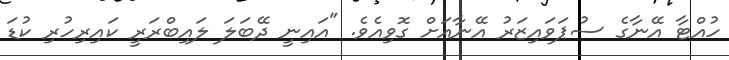
ހުއްޓާ އޭނާގެ ސުޕަވައިޒަރު އޭނާއަށް ގޮވިއެވެ. "އައިނީ ދޭބަލަ ލައިބްރަރީ ކައިރިހުރި ކުޑަ